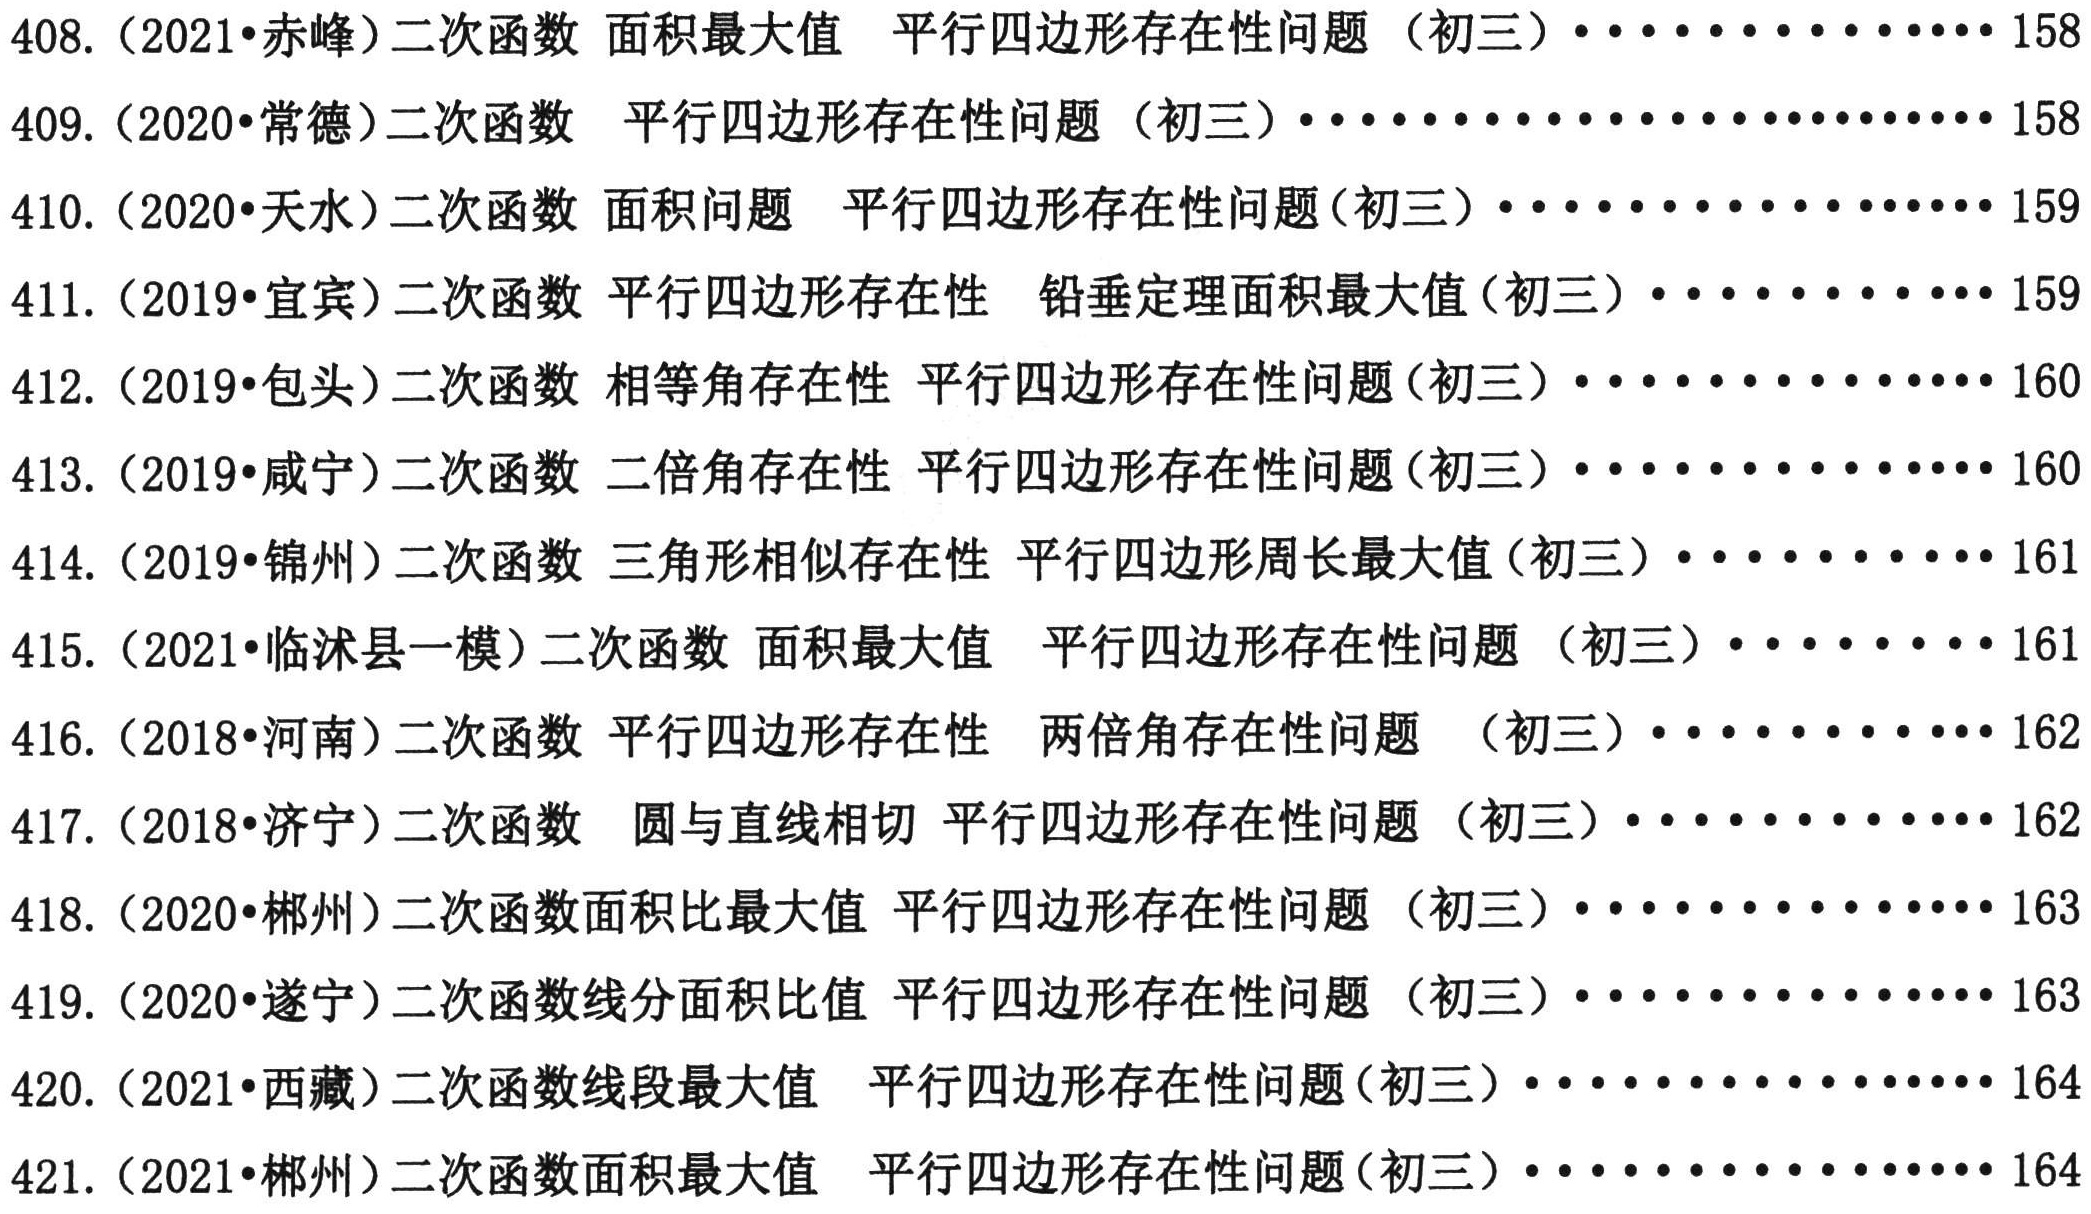
408. (2021•赤峰) 二次函数 面积最大值 平行四边形存在性问题（初三）············158
409. (2020•常德) 二次函数 平行四边形存在性问题（初三）··················158
410. (2020•天水) 二次函数 面积问题 平行四边形存在性问题(初三）··············159
411. (2019•宜宾) 二次函数 平行四边形存在性 铅垂定理面积最大值(初三）··········159
412. (2019•包头) 二次函数 相等角存在性 平行四边形存在性问题(初三）···········160
413. (2019•咸宁) 二次函数 二倍角存在性 平行四边形存在性问题(初三）···········160
414. (2019•锦州) 二次函数 三角形相似存在性 平行四边形周长最大值(初三）········161
415. (2021•临沭县一模) 二次函数 面积最大值 平行四边形存在性问题（初三）·······161
416. (2018•河南) 二次函数 平行四边形存在性 两倍角存在性问题 （初三）··········162
417. (2018•济宁) 二次函数 圆与直线相切 平行四边形存在性问题（初三）··········162
418. (2020•郴州) 二次函数面积比最大值 平行四边形存在性问题 （初三）············163
419. (2020•遂宁) 二次函数线分面积比值 平行四边形存在性问题（初三）············163
420. (2021•西藏) 二次函数线段最大值 平行四边形存在性问题(初三）··············164
421. (2021•郴州) 二次函数面积最大值 平行四边形存在性问题(初三）··············164